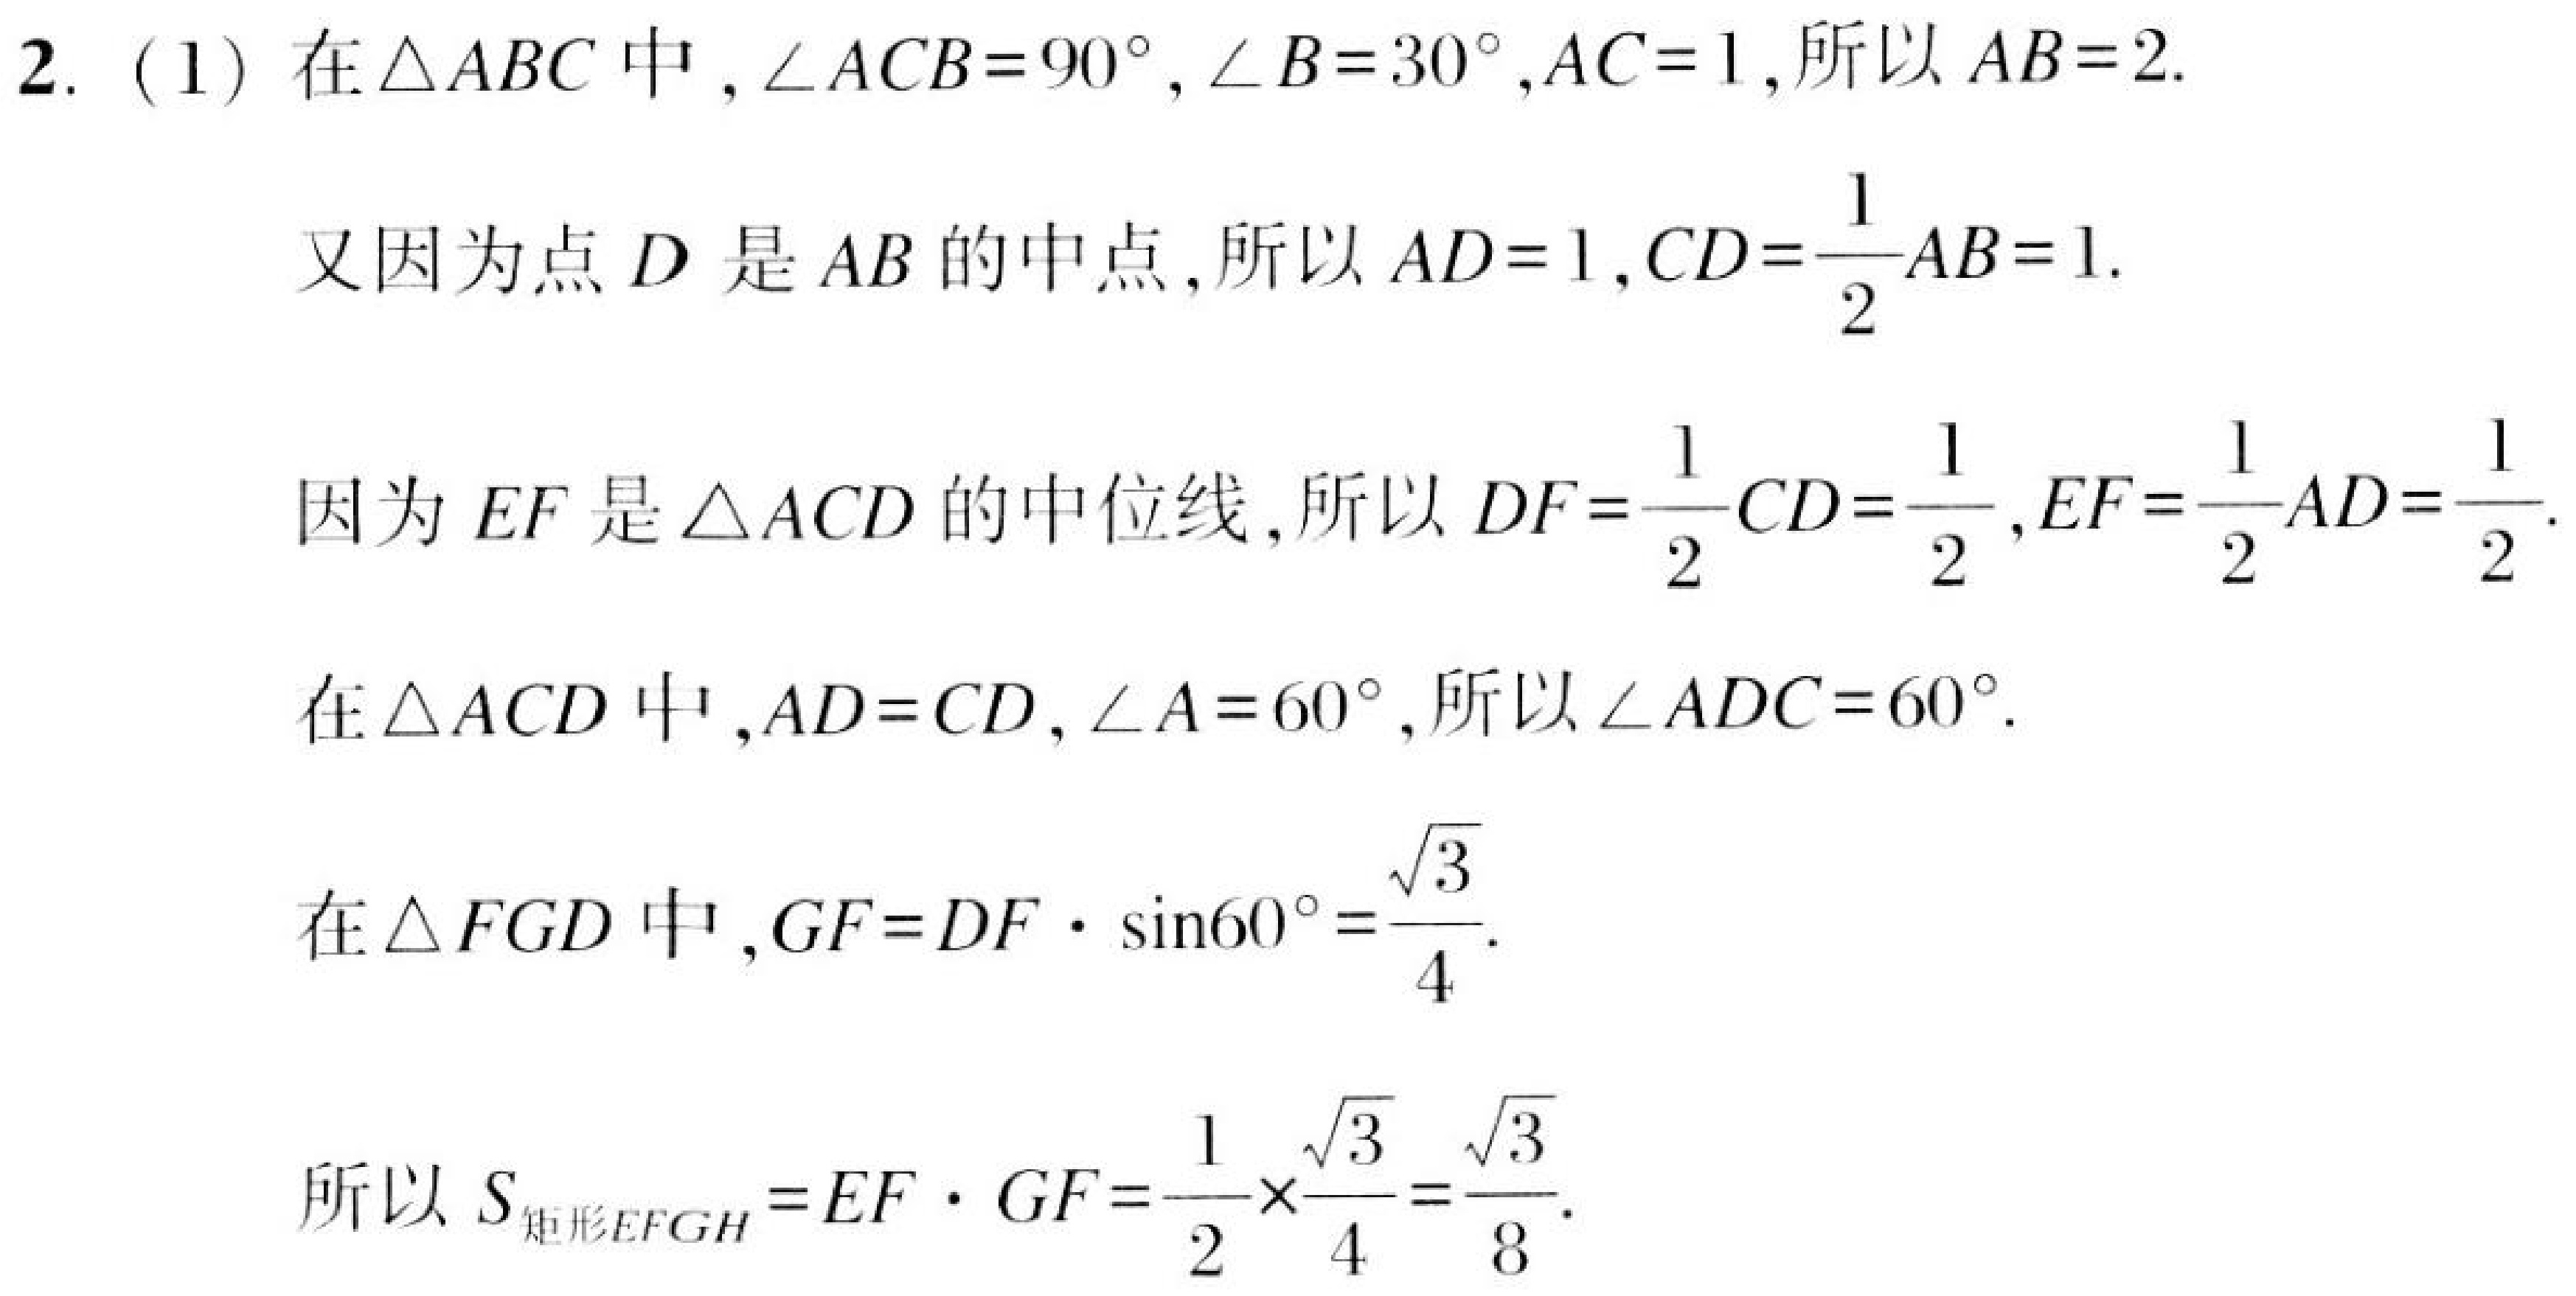
2.（1）在\(\triangle ABC\)中，\(\angle ACB = 90^{\circ},\angle B = 30^{\circ},AC = 1\)，所以\(AB = 2\).
又因为点\(D\)是\(AB\)的中点，所以\(AD = 1,CD=\frac{1}{2}AB = 1\).
因为\(EF\)是\(\triangle ACD\)的中位线，所以\(DF=\frac{1}{2}CD=\frac{1}{2},EF=\frac{1}{2}AD=\frac{1}{2}\).
在\(\triangle ACD\)中，\(AD = CD,\angle A = 60^{\circ}\)，所以\(\angle ADC = 60^{\circ}\).
在\(\triangle FGD\)中，\(GF = DF\cdot\sin60^{\circ}=\frac{\sqrt{3}}{4}\).
所以\(S_{矩形EFGH}=EF\cdot GF=\frac{1}{2}\times\frac{\sqrt{3}}{4}=\frac{\sqrt{3}}{8}\).